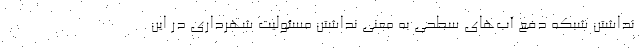
نداشتن شبکه دفع آب‌های سطحی به معنی نداشتن مسئولیت شهرداری در این